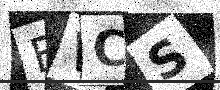
Text: BVCS